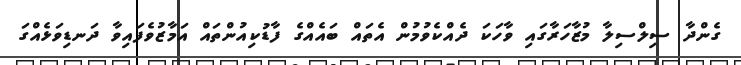
ގެންދާ ސިލްސިލާ މުޒާހަރާގައި ވާހަކަ ދެއްކެވުމުން އެތައް ބައެއްގެ ފާޑުކިއުންތައް އަމާޒުވެފައިވާ ދަނޑިވަޅެއްގަ